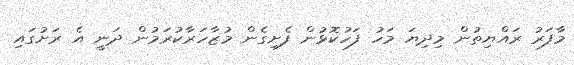
މާފަރު ރައްޔިތުން މިދިޔަ މަހު ފަހުކޮޅުން ފެށިގެން މުޒާހަރާކުރަމުން ދަނީ އެ ރަށުގައި